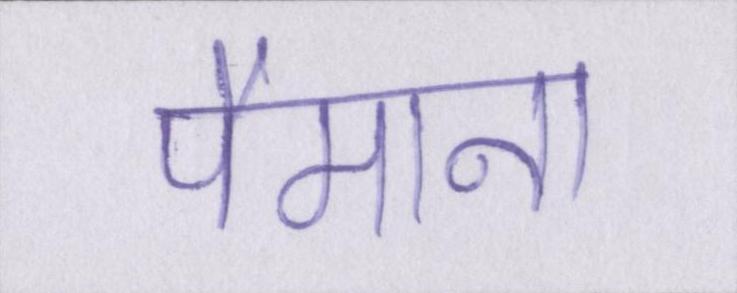
पैमाना